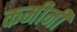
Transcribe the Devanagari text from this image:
कमीनी